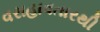
વરાહાવતારથી